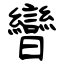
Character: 曫